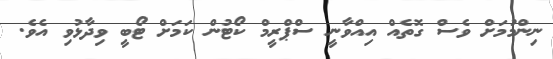
ނިންމުމަށް ވެސް ގޮތެއް އިއްވާނީ ސްޕްރީމް ކޯޓުން ކަމަށް ޓޯބީ ވިދާޅުވި އެވެ.